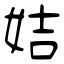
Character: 姞